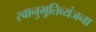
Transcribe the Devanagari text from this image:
स्वानुभूतिव्यंजना